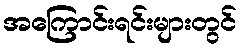
အကြောင်းရင်းများတွင်